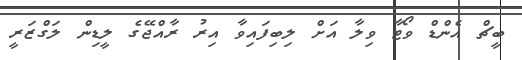
ބީޗް އެންޑް ވޯޓާ ވިލާ އަށް ލިބިފައިވާ އިރު ރާއްޖޭގެ ލީޑިން ލަގްޒަރީ